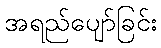
အရည်ပျော်ခြင်း